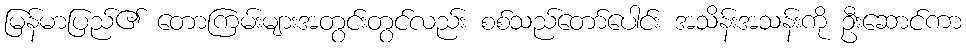
မြန်မာပြည်၏ တောကြမ်းများအတွင်းတွင်လည်း စစ်သည်တော်ပေါင်း အသိန်းအသန်းကို ဦးဆောင်ကာ